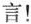
言！